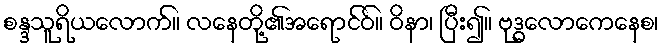
စန္ဒသူရိယလောက်။ လနေတို့၏အရောင်ဝ်။ ဝိနာ၊ ပြီး၍။ ဗုဒ္ဓလောကေနေစ၊